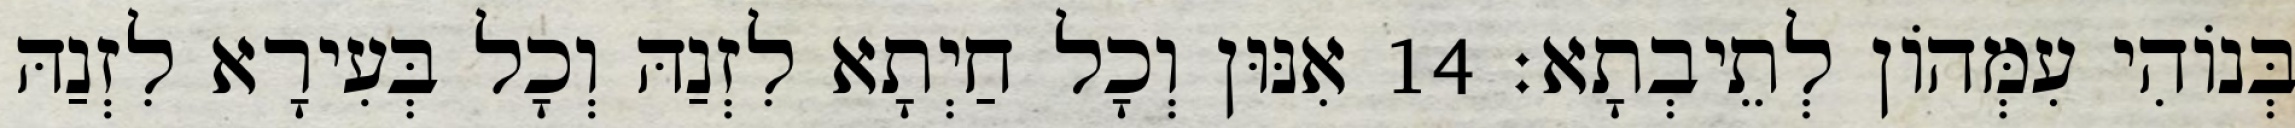
בְּנוֹהִי עִמְּהוֹן לְתֵיבְתָא׃ 14 אִנּוּן וְכָל חַיְתָא לִזְנַהּ וְכָל בְּעִירָא לִזְנַהּ